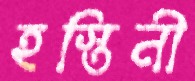
হস্তিনী